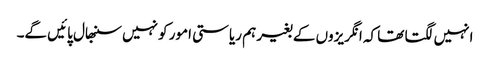
انہیں لگتا تھا کہ انگریزوں کے بغیر ہم ریاستی امور کو نہیں سنبھال پائیں گے۔